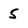
Character: 5